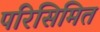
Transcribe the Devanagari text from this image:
परिसिमित